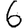
Digit: 6